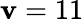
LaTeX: \mathbf{v}=11